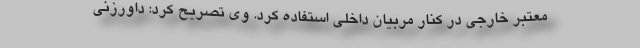
معتبر خارجی در کنار مربیان داخلی استفاده کرد. وی تصریح کرد: داورزنی